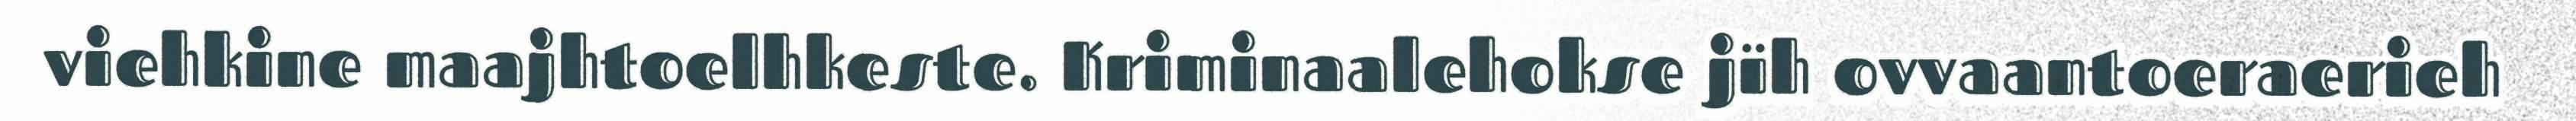
viehkine maajhtoelhkeste. Kriminaalehokse jïh ovvaantoeraerieh